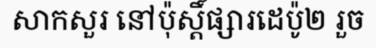
សាកសួរ នៅប៉ុស្តិ៍ផ្សារដេប៉ូ២ រួច